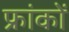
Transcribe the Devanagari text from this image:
फ्रांकों